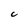
Character: C